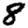
Digit: 8